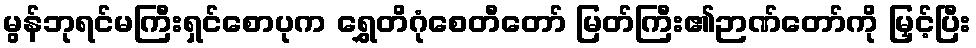
မွန်ဘုရင်မကြီးရှင်စောပုက ရွှေတိဂုံစေတီတော် မြတ်ကြီး၏ဉာဏ်တော်ကို မြှင့်ပြီး